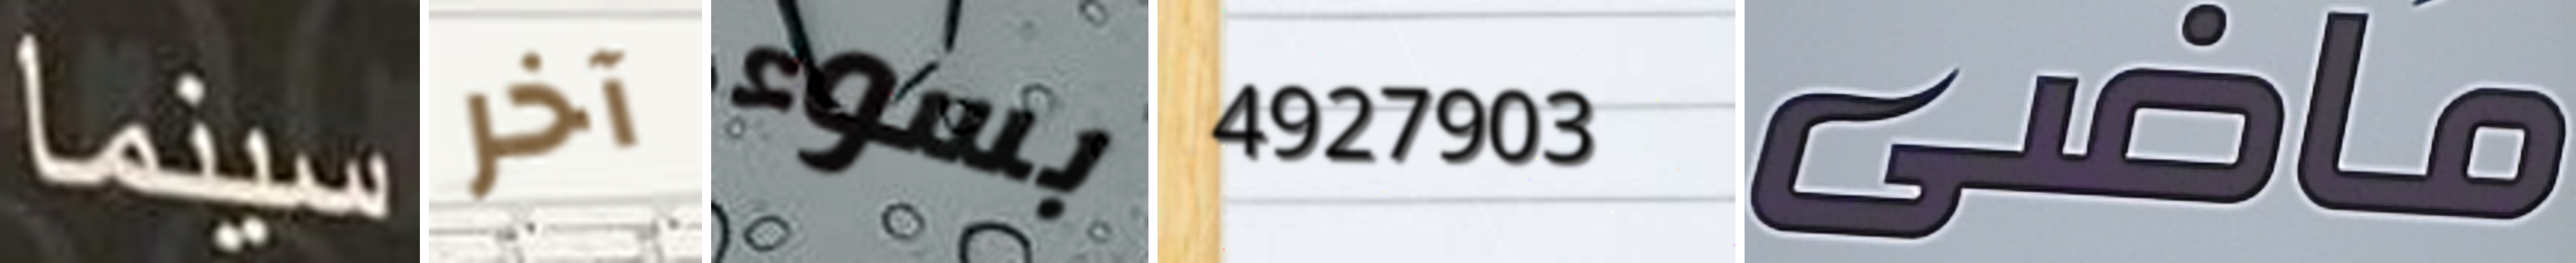
سينما آخر بسوء 4927903 ماضي